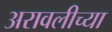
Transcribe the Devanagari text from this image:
अरावलीच्या